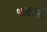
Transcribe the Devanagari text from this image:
१६७४ला